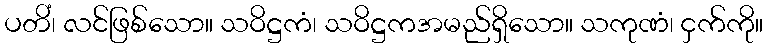
ပတိံ၊ လင်ဖြစ်သော။ သဝိဋ္ဌကံ၊ သဝိဋ္ဌကအမည်ရှိသော။ သကုဏံ၊ ငှက်ကို။